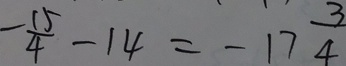
- \frac { 1 5 } { 4 } - 1 4 = - 1 7 \frac { 3 } { 4 }